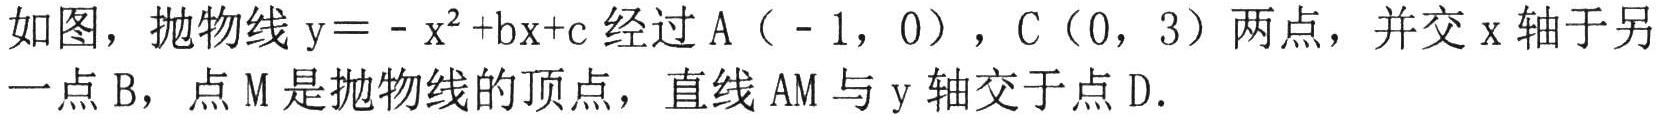
如图，抛物线\(y = - x^{2}+bx + c\)经过\(A(-1,0)\)，\(C(0,3)\)两点，并交\(x\)轴于另一点\(B\)，点\(M\)是抛物线的顶点，直线\(AM\)与\(y\)轴交于点\(D\)．